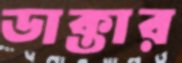
ডাক্তার